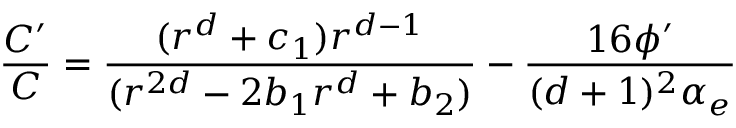
{ \frac { C ^ { \prime } } { C } } = { \frac { ( r ^ { d } + c _ { 1 } ) r ^ { d - 1 } } { ( r ^ { 2 d } - 2 b _ { 1 } r ^ { d } + b _ { 2 } ) } } - { \frac { 1 6 \phi ^ { \prime } } { ( d + 1 ) ^ { 2 } \alpha _ { e } } }